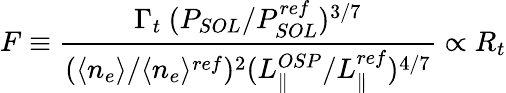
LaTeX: F\equiv\frac{\Gamma_{t}~(P_{SOL}/P_{SOL}^{ref})^{3/7}}{(\langle n_{e}\rangle/\langle n_{e}\rangle^{ref})^{2}(L_{\parallel}^{OSP}/L_{\parallel}^{ref})^{4/7}}\propto R_{t}